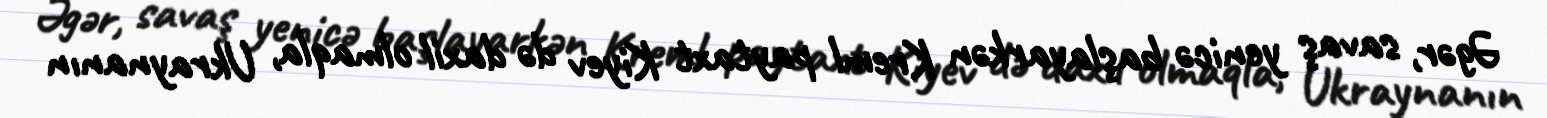
Əgər, savaş yenicə başlayarkən Kreml paytaxt Kiyev də daxil olmaqla, Ukraynanın